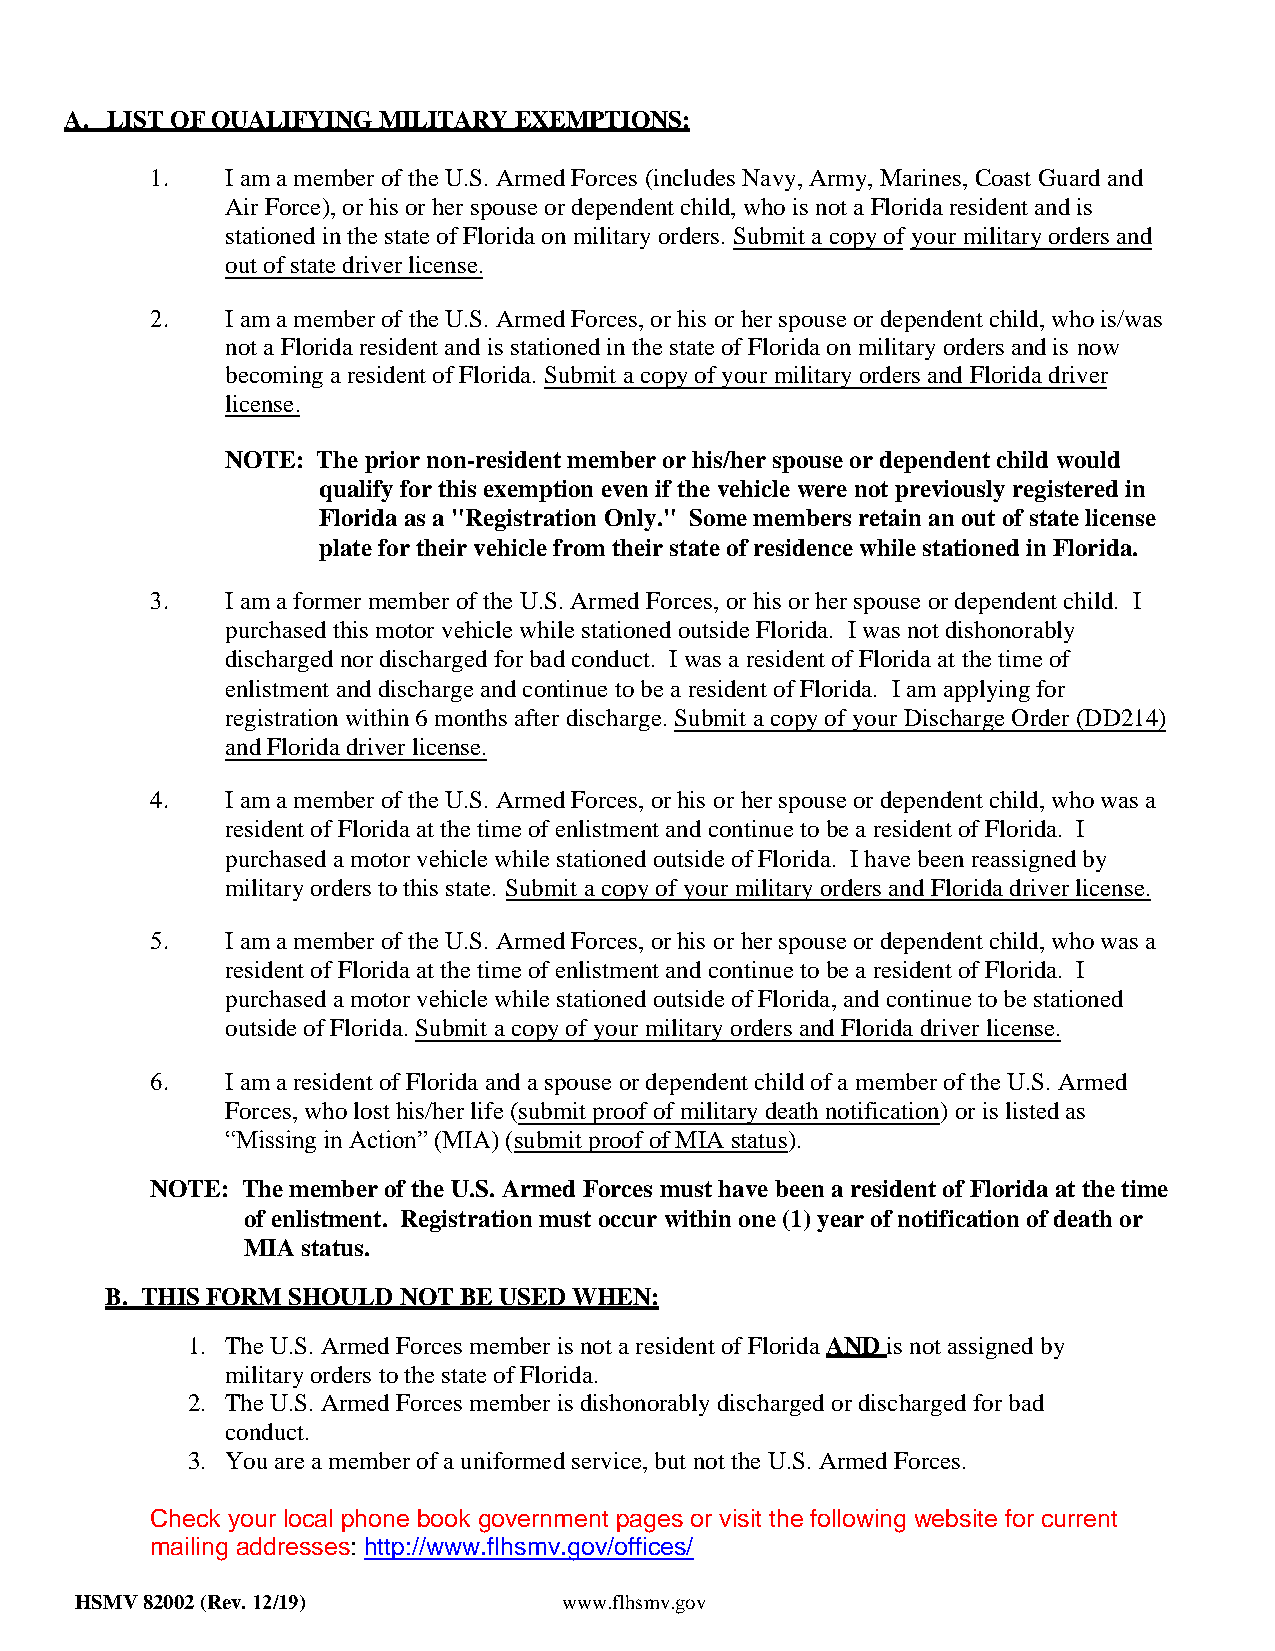
A. LIST OF QUALIFYING MILITARY EXEMPTIONS:
 1.   I am a member of the U.S. Armed Forces (includes Navy, Army, Marines, Coast Guard and
 Air Force), or his or her spouse or dependent child, who is not a Florida resident and is
 stationed in the state of Florida on military orders. Submit a copy of your military orders and
 out of state driver license.
 2.   I am a member of the U.S. Armed Forces, or his or her spouse or dependent child, who is/was
 not a Florida resident and is stationed in the state of Florida on military orders and is now
 becoming a resident of Florida. Submit a copy of your military orders and Florida driver
 license.
 NOTE: The prior non-resident member or his/her spouse or dependent child would
 qualify for this exemption even if the vehicle were not previously registered in
 Florida as a "Registration Only." Some members retain an out of state license
 plate for their vehicle from their state of residence while stationed in Florida.
 3.   I am a former member of the U.S. Armed Forces, or his or her spouse or dependent child. I
 purchased this motor vehicle while stationed outside Florida. I was not dishonorably
 discharged nor discharged for bad conduct. I was a resident of Florida at the time of
 enlistment and discharge and continue to be a resident of Florida. I am applying for
 registration within 6 months after discharge. Submit a copy of your Discharge Order (DD214)
 and Florida driver license.
 4.   I am a member of the U.S. Armed Forces, or his or her spouse or dependent child, who was a
 resident of Florida at the time of enlistment and continue to be a resident of Florida. I
 purchased a motor vehicle while stationed outside of Florida. I have been reassigned by
 military orders to this state. Submit a copy of your military orders and Florida driver license.
 5.   I am a member of the U.S. Armed Forces, or his or her spouse or dependent child, who was a
 resident of Florida at the time of enlistment and continue to be a resident of Florida. I
 purchased a motor vehicle while stationed outside of Florida, and continue to be stationed
 outside of Florida. Submit a copy of your military orders and Florida driver license.
 6.   I am a resident of Florida and a spouse or dependent child of a member of the U.S. Armed
 Forces, who lost his/her life (submit proof of military death notification) or is listed as
 “Missing in Action” (MIA) (submit proof of MIA status).
 NOTE: The member of the U.S. Armed Forces must have been a resident of Florida at the time
 of enlistment. Registration must occur within one (1) year of notification of death or
 MIA status.
 B. THIS FORM SHOULD NOT BE USED WHEN:
 1. The U.S. Armed Forces member is not a resident of Florida AND is not assigned by
 military orders to the state of Florida.
 2. The U.S. Armed Forces member is dishonorably discharged or discharged for bad
 conduct.
 3. You are a member of a uniformed service, but not the U.S. Armed Forces.
 Check your local phone book government pages or visit the following website for current
 mailing addresses: http://www.flhsmv.gov/offices/
 HSMV 82002 (Rev. 12/19)         www.flhsmv.gov